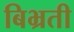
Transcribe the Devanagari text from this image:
बिभ्रती